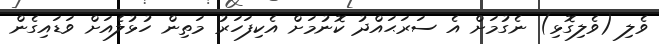
ވެލި (ވެލިގޮޅި) ނެގުމަށް އެ ސަރަޙައްދު ކޮނުމަށް އެކިފަހަރު މަތިން ހުޅުލެއަށް ވަޑައިގެން